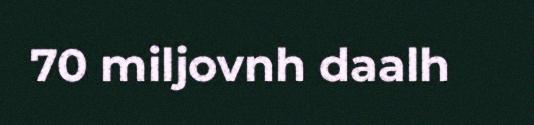
70 miljovnh daalh